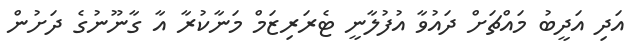
އަދި އަދީބު މައްޗަށް ދައުވާ އުފުލާނީ ޓެރަރިޒަމް މަނާކުރާ އާ ގާނޫނުގެ ދަށުން